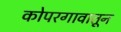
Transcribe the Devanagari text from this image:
कोपरगावातून